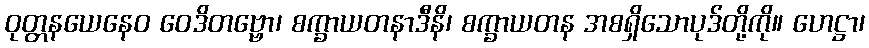
ဝုတ္တနယေနေဝ ဝေဒိတဗ္ဗော၊ စက္ခာယတနာဒီနိ၊ စက္ခာယတန အစရှိသောပုဒ်တို့ကို။ ဟေဋ္ဌာ၊